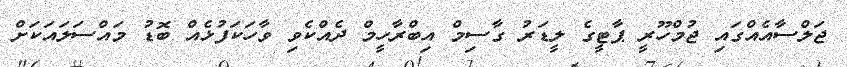
ޖަލްސާއެއްގައި ޖުމްހޫރީ ޕާޓީގެ ލީޑަރު ގާސިމް އިބްރާހީމް ދެއްކެވި ވާހަކަފުޅެއް ބޮޑު މައްސަލައަކަށް